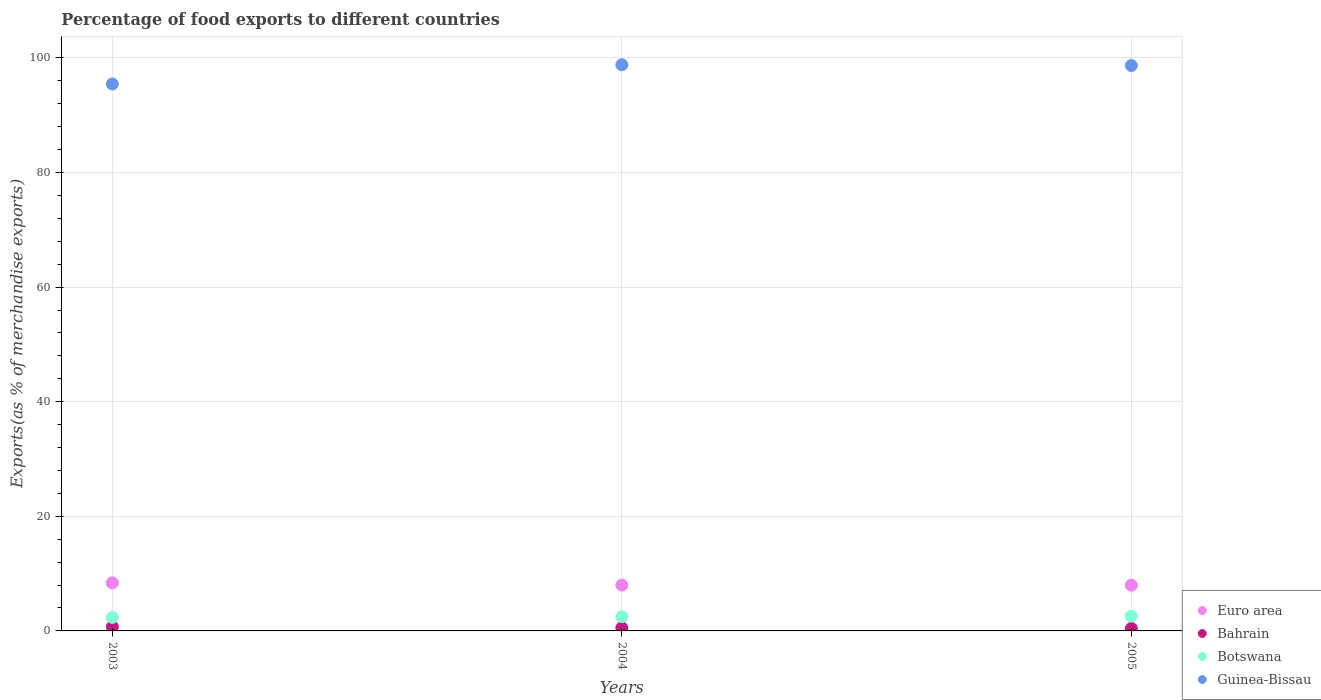
| Years | Euro area | Bahrain | Botswana | Guinea-Bissau |
 | --- | --- | --- | --- | --- |
 | 2003 | 8.39 | 0.716 | 2.36 | 95.4 |
 | 2004 | 7.99 | 0.551 | 2.49 | 98.8 |
 | 2005 | 7.97 | 0.437 | 2.59 | 98.7 |